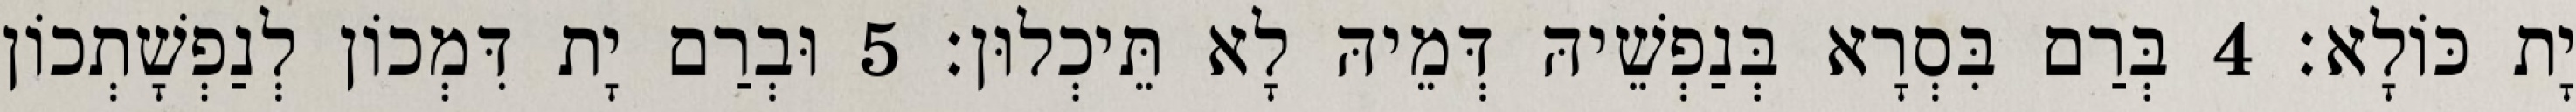
יָת כּוֹלָא׃ 4 בְּרַם בִּסְרָא בְּנַפְשֵׁיהּ דְּמֵיהּ לָא תֵּיכְלוּן׃ 5 וּבְרַם יָת דִּמְכוֹן לְנַפְשָׁתְכוֹן